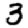
Digit: 3